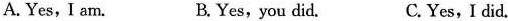
A. Yes, I am. B. Yes, you did. C.Yes,I did.